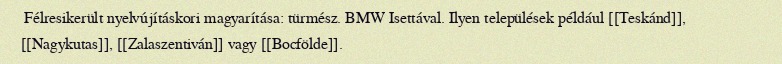
Félresikerült nyelvújításkori magyarítása: türmész. BMW Isettával. Ilyen települések például [[Teskánd]], [[Nagykutas]], [[Zalaszentiván]] vagy [[Bocfölde]].